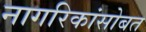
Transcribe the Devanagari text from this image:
नागरिकांसोबत